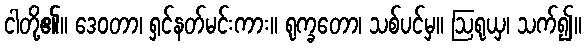
ငါတို့၏။ ဒေဝတာ၊ ရှင်နတ်မင်းကား။ ရုက္ခတော၊ သစ်ပင်မှ။ ဩရုယှ၊ သက်၍။